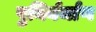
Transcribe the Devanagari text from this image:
पुनिर्नर्माण